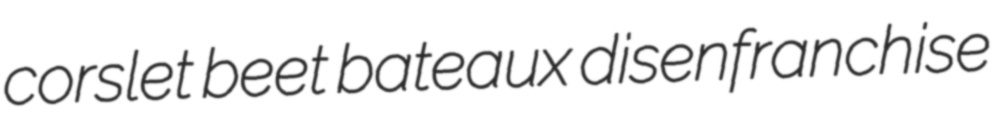
corslet beet bateaux disenfranchise